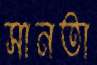
সানতা